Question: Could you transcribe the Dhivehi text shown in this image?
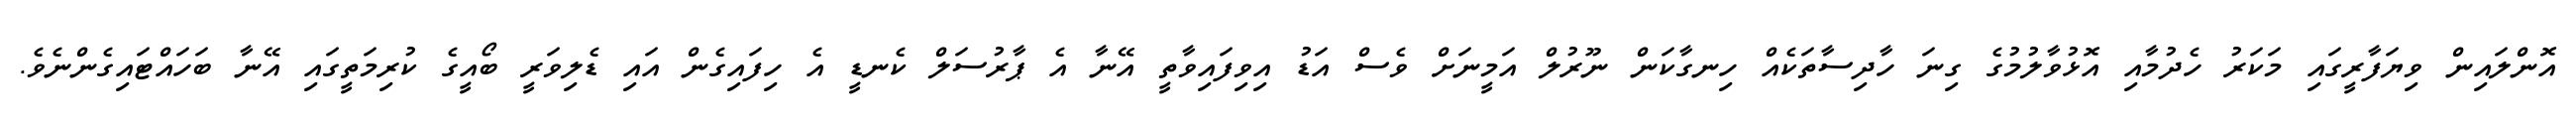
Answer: އޮންލައިން ވިޔަފާރީގައި މަކަރު ހެދުމާއި އޮޅުވާލުމުގެ ގިނަ ހާދިސާތަކެއް ހިނގާކަން ނޫރުލް އަމީނަށް ވެސް އަޑު އިވިފައިވާތީ އޭނާ އެ ޕާރުސަލް ކެނޑީ އެ ހިފައިގެން އައި ޑެލިވަރީ ބޯއީގެ ކުރިމަތީގައި އޭނާ ބަހައްޓައިގެންނެވެ.